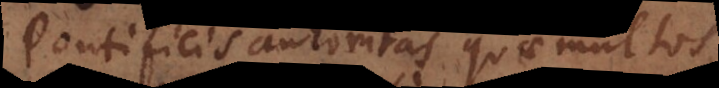
Pontificis autoritas quae multos